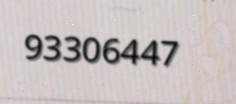
93306447